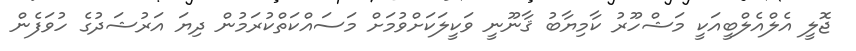
ޖޮލީ އެލްއެލްބީއަކީ މަޝްހޫރު ކާމިޔާބު ޤާނޫނީ ވަކީލަކަށްވުމަށް މަސައްކަތްކުރަމުން ދިޔަ އަރުޝަދުގެ ހުވަފެން